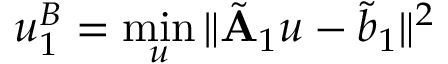
\boldsymbol { u } _ { 1 } ^ { B } = \operatorname* { m i n } _ { \boldsymbol { u } } \| \tilde { \mathbf { A } } _ { 1 } \boldsymbol { u } - \tilde { \boldsymbol { b } } _ { 1 } \| ^ { 2 }